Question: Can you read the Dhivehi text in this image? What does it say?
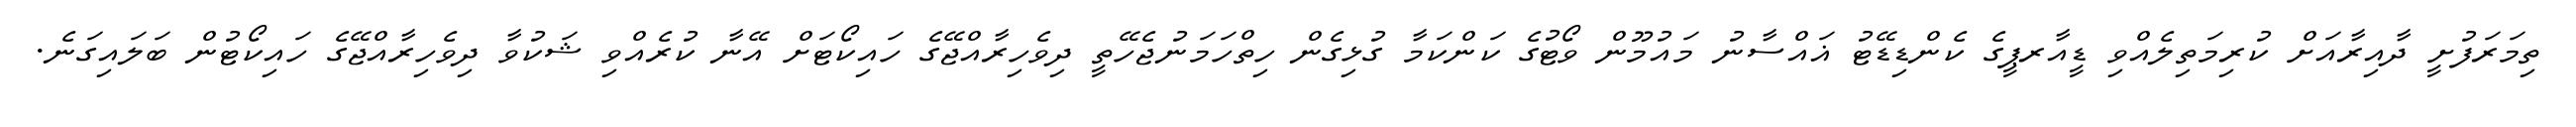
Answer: ތިމަރަފުށީ ދާއިރާއަށް ކުރިމަތިލެއްވި ޑީއާރޕީގެ ކެންޑިޑޭޓު ޣައްސާނު މައުމޫން ވޯޓުގެ ކަންކަމާ ގުޅިގެން ހިތްހަމަނުޖެހޭތީ ދިވެހިރާއްޖޭގެ ހައިކޯޓަށް އޭނާ ކުރެއްވި ޝަކުވާ ދިވެހިރާއްޖޭގެ ހައިކޯޓުން ބަލައިގަނެ.